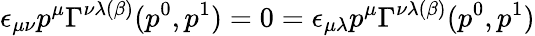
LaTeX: \epsilon_{\mu\nu}p^{\mu}\Gamma^{\nu\lambda(\beta)}(p^{0},p^{1})=0=\epsilon_{\mu\lambda}p^{\mu}\Gamma^{\nu\lambda(\beta)}(p^{0},p^{1})